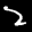
Label: 2